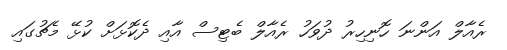
ރެއާލް އަންނަ ހޮނިހިރު ދުވަހު ރެއާލް ބެޓިސް އާއި ދެކޮޅަށް ކުޅޭ މެޗުގައި